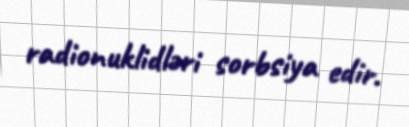
radionuklidləri sorbsiya edir.